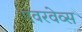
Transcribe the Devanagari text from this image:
एवरवेव्स